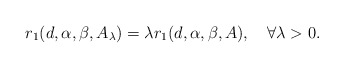
\begin{align*}r_{1}(d,\alpha,\beta,A_{\lambda})=\lambda r_{1}(d,\alpha,\beta,A),\quad\forall \lambda>0.\end{align*}